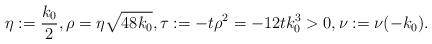
LaTeX: \begin{align*} \eta:=\frac{k_0}{2}, \rho=\eta\sqrt{48k_0}, \tau:=-t\rho^2=-12tk_0^3>0, \nu:=\nu(-k_0).\end{align*}